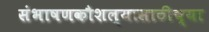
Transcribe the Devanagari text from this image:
संभाषणकौशल्यासाठीच्या